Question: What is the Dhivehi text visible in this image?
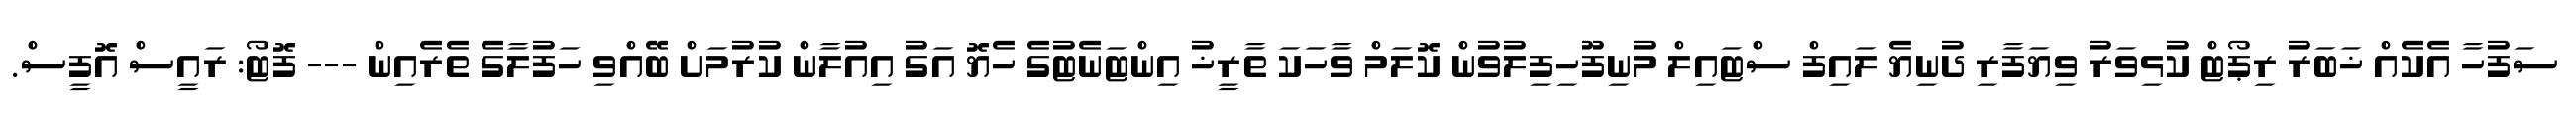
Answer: ސަފުހާ އެކެއް ޚަބަރު ރިޕޯޓް ކުޅިވަރު ވިޔަފާރި ދުނިޔެ ލައިފް ސްޓައިލް މުނިފޫހިފިލުވުން ކޮލަމް ވާހަކަ ތާރީޚު އިންޓަނެޓުގެ ހެޔޮ އަގު އިއުލާން ކުރުމަށް ބޭއްވި ހަފުލާގެ ތެރެއިން --- ފޮޓޯ: ރައީސް އޮފީސް.